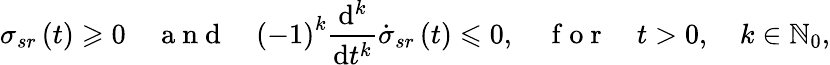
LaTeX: \sigma_{sr}\left(t\right)\geqslant 0\quad\mathrm{~a~n~d~}\quad\left(-1\right)^{k}\frac{\mathrm{d}^{k}}{\mathrm{d}t^{k}}\dot{\sigma}_{sr}\left(t\right)\leqslant 0,\quad\mathrm{~f~o~r~}\quad t>0,\quad k\in\mathbb{N}_{0},